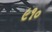
૯૧૦